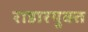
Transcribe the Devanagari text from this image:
राडारयुक्त